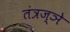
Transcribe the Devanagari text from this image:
तंत्रज्ञे